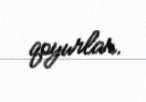
qoyurlar.